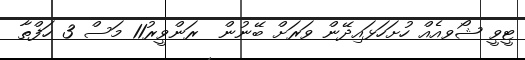
ޓީވީ ޝޯވއެއް ހުށަހަޅައިދޭން ވަރަށް ބޭނުން  ރަންވީރު11 މަސް 3 ހަފްތާ